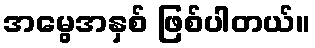
အမွေအနှစ် ဖြစ်ပါတယ်။